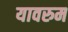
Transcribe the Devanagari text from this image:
यावरुम